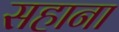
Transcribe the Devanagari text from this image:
सहाना